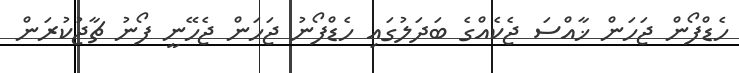
ހެޑްފޯން ޖަހަން ޚާއްސަ ޖެކެއްގެ ބަދަލުގައި ހެޑްފޯނު ޖަހަން ޖެހޭނީ ފޯނު ޗާޖުކުރަން